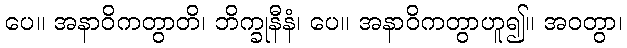
ပေ။ အနာဝိကတွာတိ၊ ဘိက္ခုနီနံ၊ ပေ။ အနာဝိကတွာဟူ၍။ အဝတွာ၊